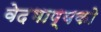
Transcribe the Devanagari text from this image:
वेदभाष्यको